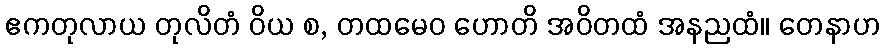
ဧကတုလာယ တုလိတံ ဝိယ စ, တထမေဝ ဟောတိ အဝိတထံ အနညထံ။ တေနာဟ